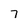
Character: 7